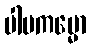
ပါပကမ္မော